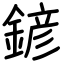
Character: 𨩱